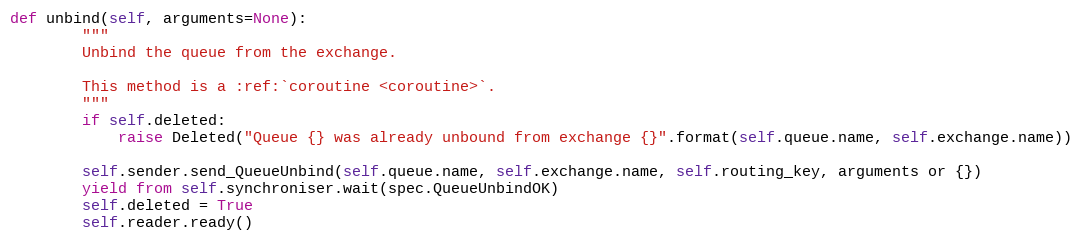
Language: Python
def unbind(self, arguments=None):
        """
        Unbind the queue from the exchange.

        This method is a :ref:`coroutine <coroutine>`.
        """
        if self.deleted:
            raise Deleted("Queue {} was already unbound from exchange {}".format(self.queue.name, self.exchange.name))

        self.sender.send_QueueUnbind(self.queue.name, self.exchange.name, self.routing_key, arguments or {})
        yield from self.synchroniser.wait(spec.QueueUnbindOK)
        self.deleted = True
        self.reader.ready()